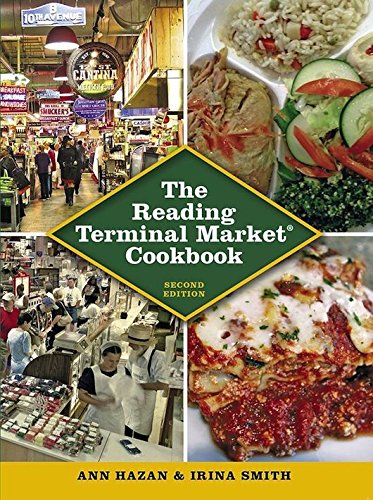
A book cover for The Reading Terminal Market Cookbook, Second Edition; Ann Hazan; Cookbooks, Food & Wine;